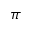
\pi